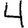
Digit: 4